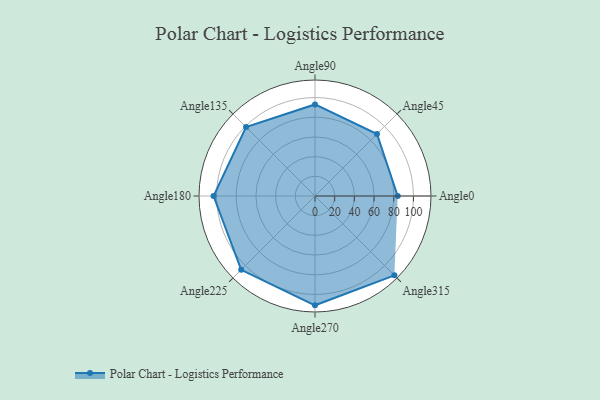
{"axis": {"x": "Angle", "y": "Radius"}, "legend": [""], "data": [{"x": "Angle0", "y": 84.0, "type": ""}, {"x": "Angle45", "y": 89.0, "type": ""}, {"x": "Angle90", "y": 93.0, "type": ""}, {"x": "Angle135", "y": 99.0, "type": ""}, {"x": "Angle180", "y": 103.0, "type": ""}, {"x": "Angle225", "y": 106.0, "type": ""}, {"x": "Angle270", "y": 111.0, "type": ""}, {"x": "Angle315", "y": 114.0, "type": ""}]}